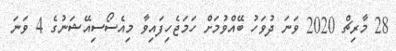
28 މާރިޗް 2020 ވަނަ ދުވަހު ބޭއްވުމަށް ހަމަޖެހިފައިވާ މިއެސޯސިއޭޝަނުގެ 4 ވަނަ